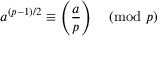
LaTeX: a ^ { ( p - 1 ) / 2 } \equiv \left( { \frac { a } { p } } \right) { \pmod { p } }